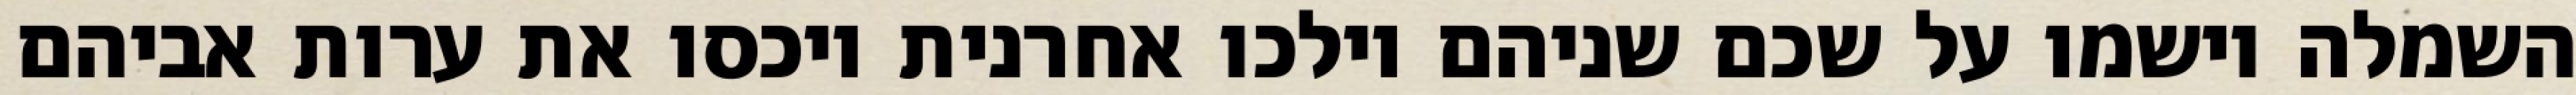
השמלה וישמו על שכם שניהם וילכו אחרנית ויכסו את ערות אביהם